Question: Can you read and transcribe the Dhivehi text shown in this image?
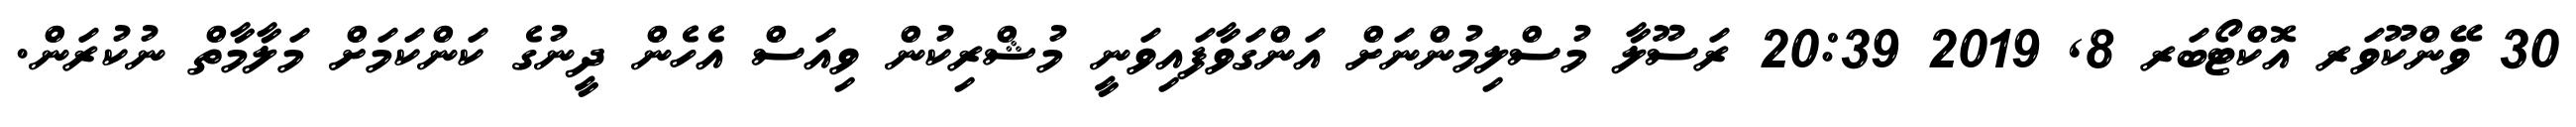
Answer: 30 ވޭންކޫވަރ އޮކްޓޯބަރ 8, 2019 20:39 ރަސޫލާ މުސްލިމުންނަށް އަންގަވާފައިވަނީ މުޝްރިކުން ވިއަސް އެހެން ދީނުގެ ކަންކަމަށް މަލާމާތް ނުކުރަން.